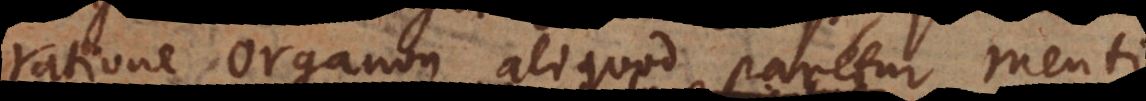
ratione Organon aliquod paretur ment